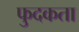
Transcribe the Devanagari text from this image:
फुदकता